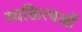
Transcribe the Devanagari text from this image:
व्यक्तित्वओं